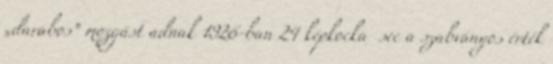
„darabos” mozgást adnak 1926-ban 24 képkocka sec a szabványos érték